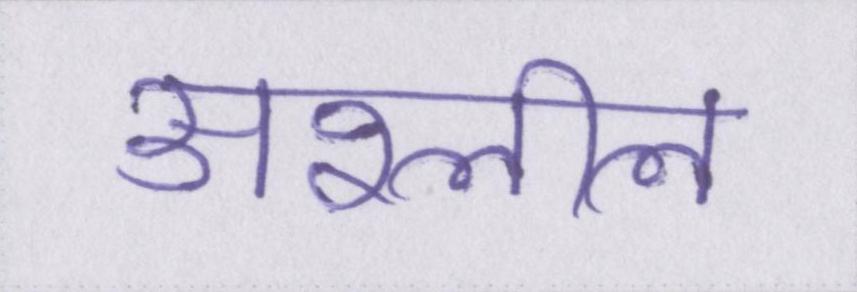
अश्लील